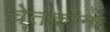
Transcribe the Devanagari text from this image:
चेतकांना